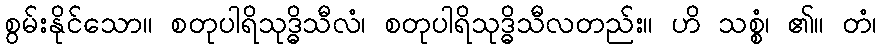
စွမ်းနိုင်သော။ စတုပါရိသုဒ္ဓိသီလံ၊ စတုပါရိသုဒ္ဓိသီလတည်း။ ဟိ သစ္စံ၊ ၏။ တံ၊